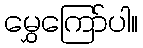
မွှေကြော်ပါ။